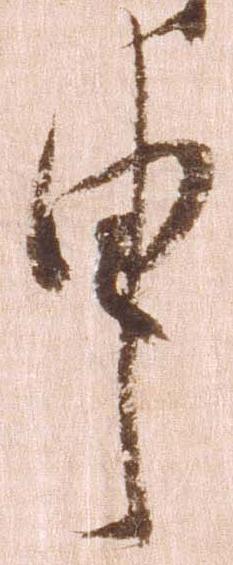
申